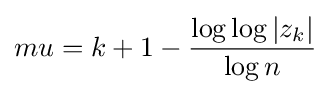
mu=k+1-{\frac {\log {\log {|z_{k}|}}}{\log {n}}}